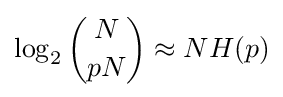
\log _{2}{\binom {N}{pN}}\approx NH(p)